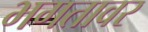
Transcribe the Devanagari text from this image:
भगतावर